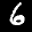
Label: 6